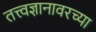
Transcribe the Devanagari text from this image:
तत्त्वज्ञानावरच्या